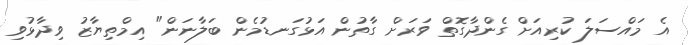
އެ މައްސަލަ ކުރިއަށް ގެންދާގޮތް ވަރަށް ގާތުން އަޅުގަނޑުމެން ބަލާނަން" އިމްތިޔާޒު ވިދާޅުވި